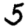
Digit: 5